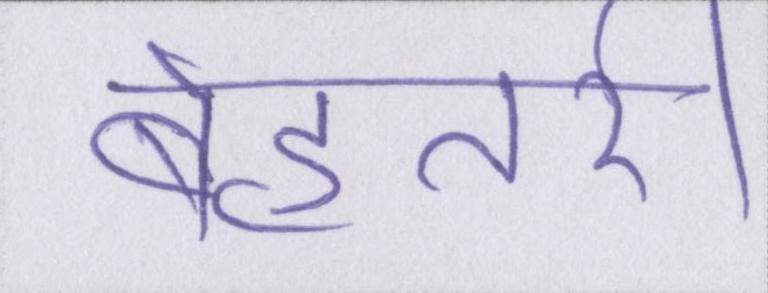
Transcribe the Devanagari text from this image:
बेहतरी